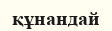
құнандай